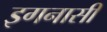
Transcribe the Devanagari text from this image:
इगनासी